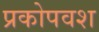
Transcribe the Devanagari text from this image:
प्रकोपवश